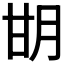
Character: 𰢨